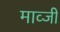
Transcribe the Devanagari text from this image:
माव्जी